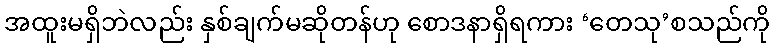
အထူးမရှိဘဲလည်း နှစ်ချက်မဆိုတန်ဟု စောဒနာရှိရကား ‘တေသု’စသည်ကို